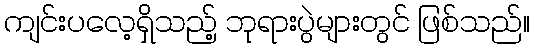
ကျင်းပလေ့ရှိသည့် ဘုရားပွဲများတွင် ဖြစ်သည်။